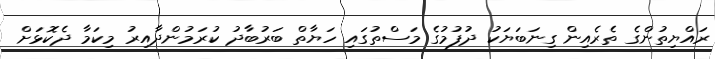
ރައްޔިތުންގެ ތެރެއިން ގިނަބަޔަކު ދުފުމުގެ މަސްތުގައި ހަޔާތް ބަރުބާދު ކުރަމުންދާއިރު މިކަމާ ދެކޮޅަށް